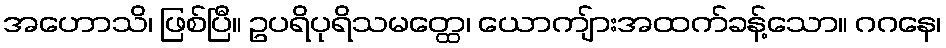
အဟောသိ၊ ဖြစ်ပြီ။ ဥပရိပုရိသမတ္ထေ၊ ယောကျ်ားအထက်ခန့်သော။ ဂဂနေ၊